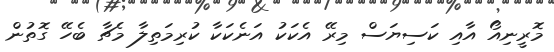
މޮރީނިއޯ އާއި ކަސިޔަސް މިރޭ އެކަކު އަނެކަކާ ކުރިމަތިލާ މެޗާ ބެހޭ ގޮތުން